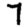
Digit: 7